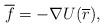
LaTeX: \begin{align*}{\overline f} = - {\nabla U}({\overline r}),\end{align*}